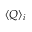
\langle Q \rangle _ { i }